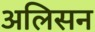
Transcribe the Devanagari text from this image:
अलिसन